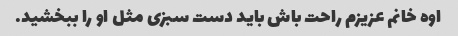
اوه خانم عزیزم راحت باش باید دست سبزی مثل او را ببخشید.